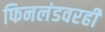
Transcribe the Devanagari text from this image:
फिनलंडवरही